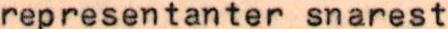
representanter snarest